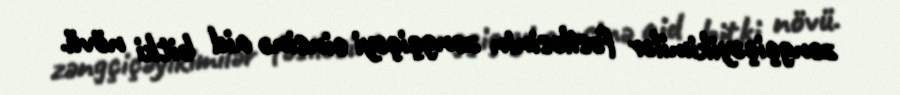
zəngçiçəyikimilər fəsiləsinin zəngçiçəyi cinsinə aid bitki növü.